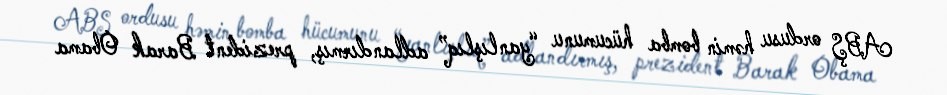
ABŞ ordusu həmin bomba hücumunu “yanlışlıq” adlandırmış, prezident Barak Obama